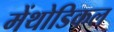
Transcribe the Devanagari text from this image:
मेंथोडिकल